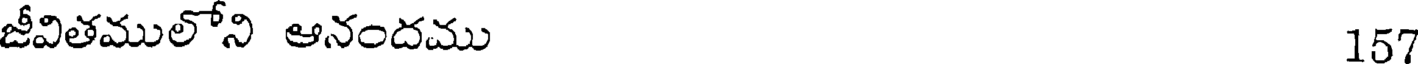
జీవితములోని ఆనందము 157